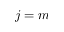
j = m